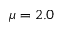
\mu = 2 . 0